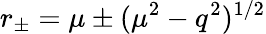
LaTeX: r_{\pm}=\mu\pm(\mu^{2}-q^{2})^{1/2}